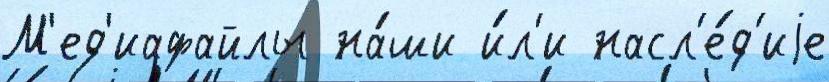
М'ед'иафайлы на́ши и́л'и насл'е́д'иjе